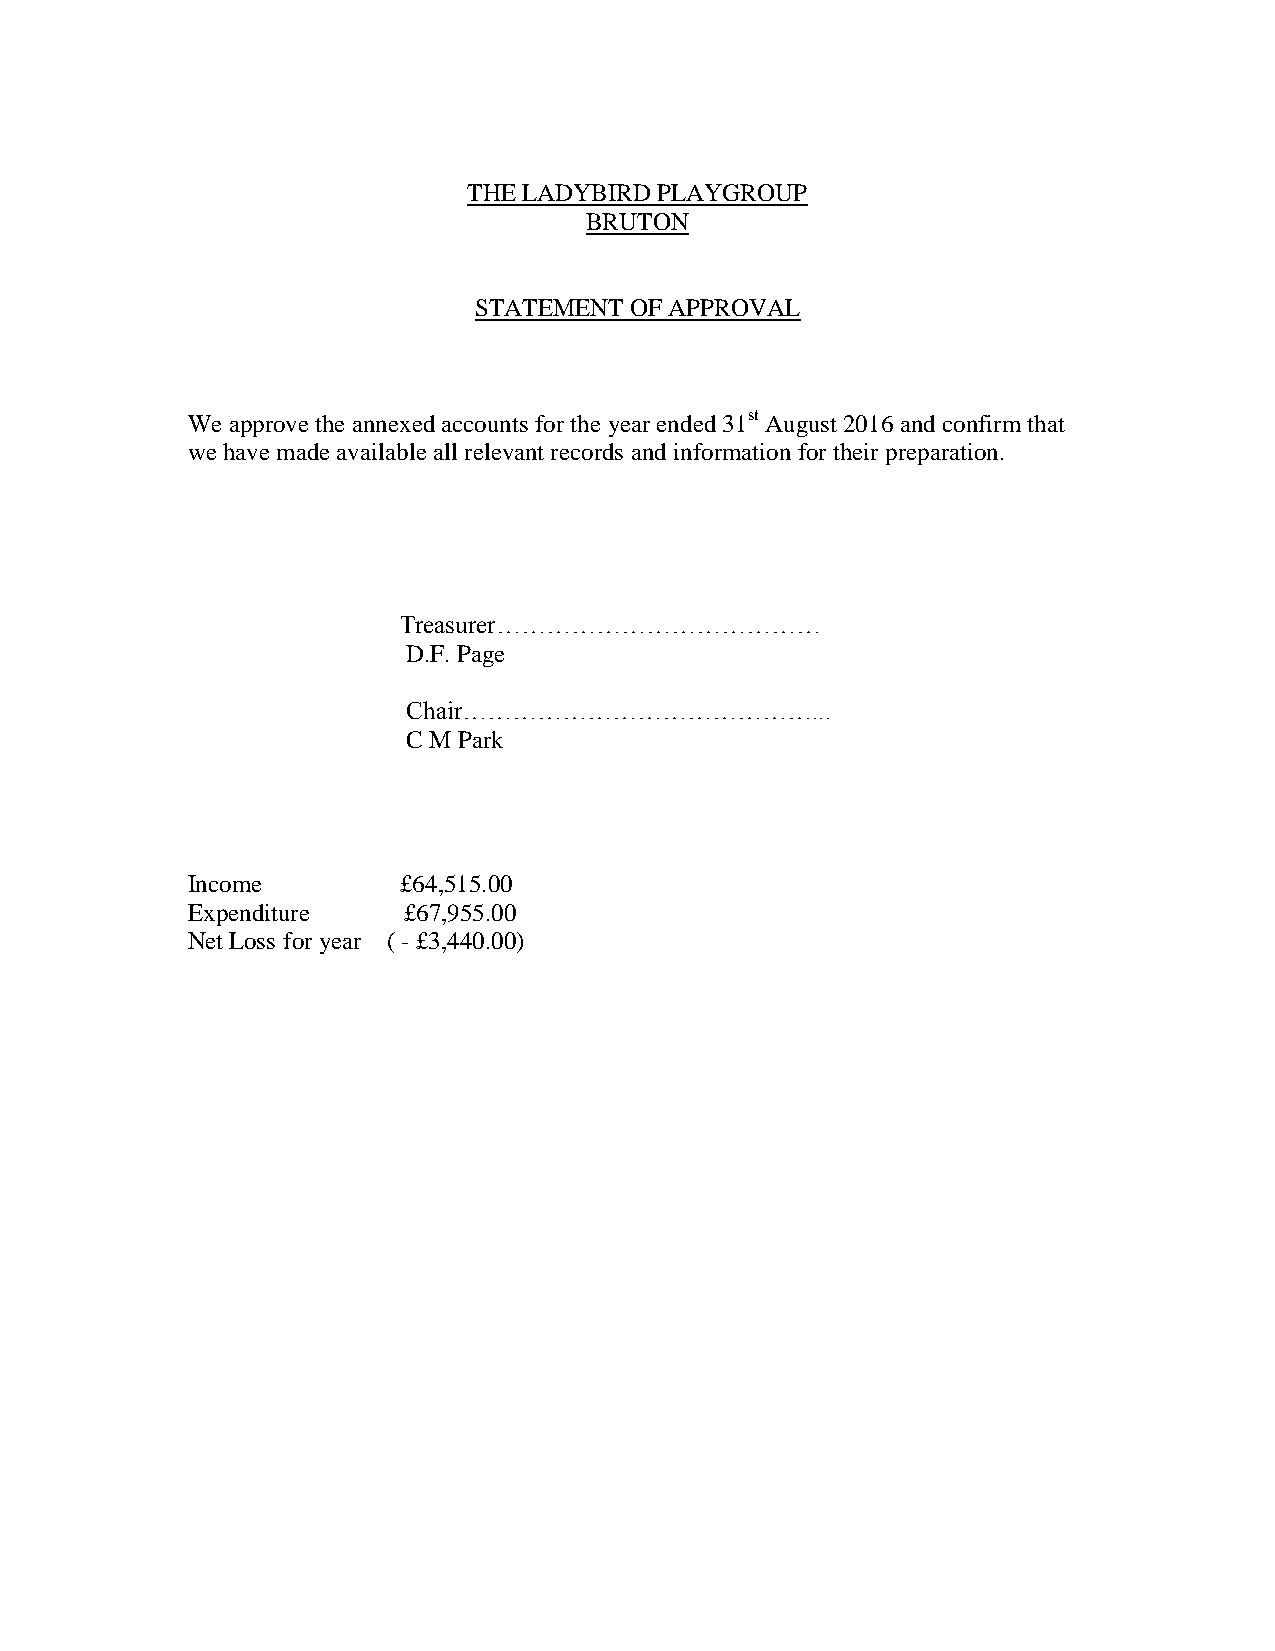
THE LADYBIRD PLAYGROUP
 BRUTON
 STATEMENT  OF APPROVAL
 We approve the annexed accounts for the year ended 31st August 2016 and confirm that
 we have made available all relevant records and information for their preparation.
 Treasurer…………………………………
 D.F. Page
 Chair……………………………………...
 C M Park
 Income        £64,515.00
 Expenditure    £67,955.00
 Net Loss for year ( - £3,440.00)